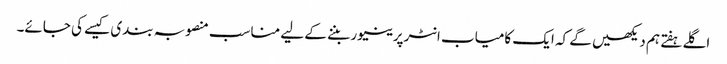
اگلے ہفتے ہم دیکھیں گے کہ ایک کامیاب انٹرپرینیور بننے کے لیے مناسب منصوبہ بندی کیسے کی جائے۔